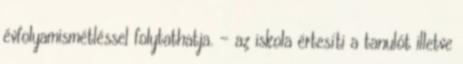
évfolyamismétléssel folytathatja. - az iskola értesíti a tanulót illetve